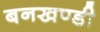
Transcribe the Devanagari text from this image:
बनखण्डी